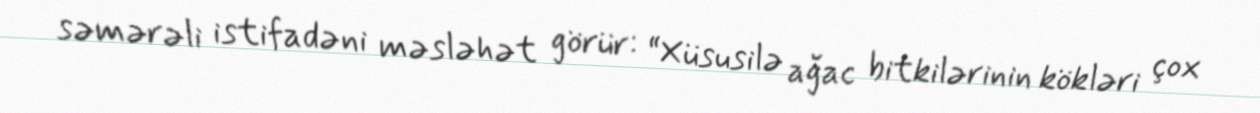
səmərəli istifadəni məsləhət görür: “Xüsusilə ağac bitkilərinin kökləri çox